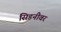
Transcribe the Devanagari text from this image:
सिडनीवर